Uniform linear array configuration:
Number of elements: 64
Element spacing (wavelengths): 1
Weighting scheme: exponential
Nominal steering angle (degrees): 15
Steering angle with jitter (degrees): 14.788
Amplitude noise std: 0.05
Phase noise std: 0.05

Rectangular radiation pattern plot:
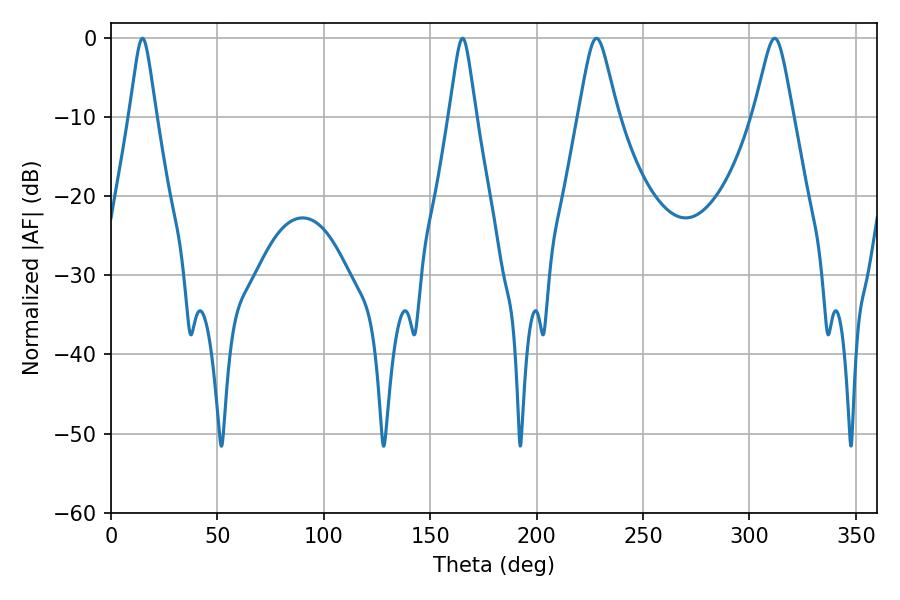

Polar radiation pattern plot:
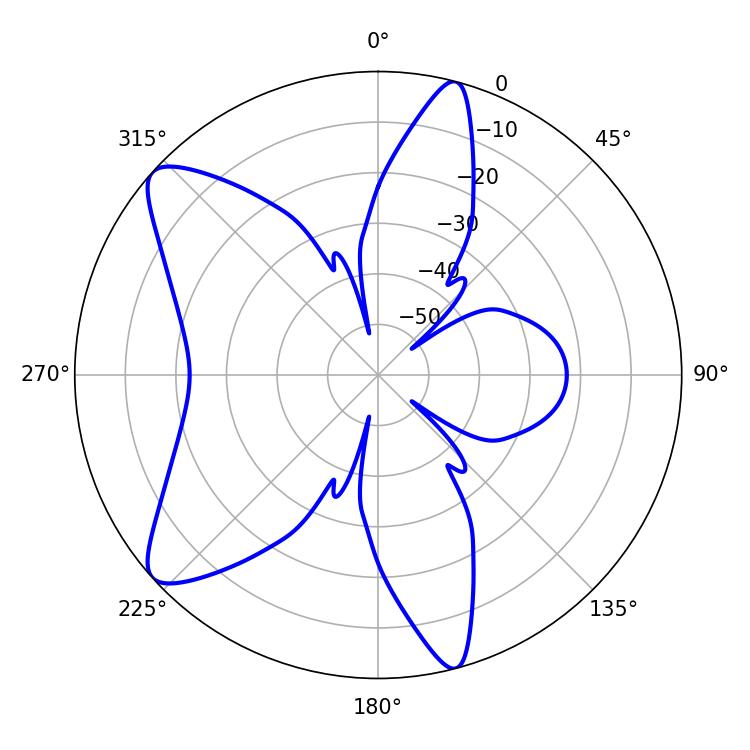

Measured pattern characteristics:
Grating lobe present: TRUE
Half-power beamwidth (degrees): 5.94
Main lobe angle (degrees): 14.76